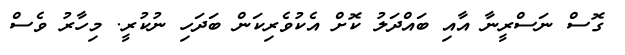
ގޮސް ނަސްރީނާ އާއި ބައްދަލު ކޮށް އެކުވެރިކަން ބަދަހި ނުކުރީ. މިހާރު ވެސް